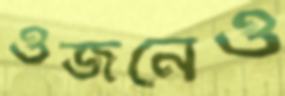
ওজনেও